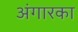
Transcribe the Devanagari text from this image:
अंगारका